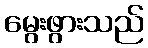
မွေးဖွားသည်